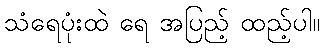
သံရေပုံးထဲ ရေ အပြည့် ထည့်ပါ။